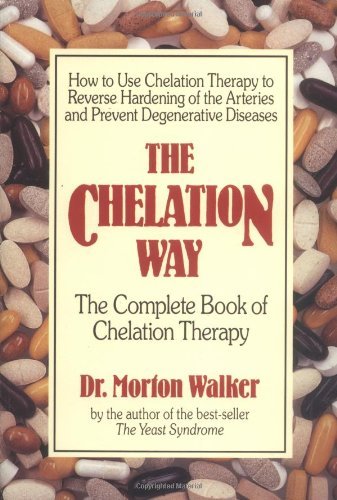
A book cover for The Chelation Way: The Complete Book of Chelation Therapy [Paperback] [1989] (Author) Dr. Morton Walker; Health, Fitness & Dieting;